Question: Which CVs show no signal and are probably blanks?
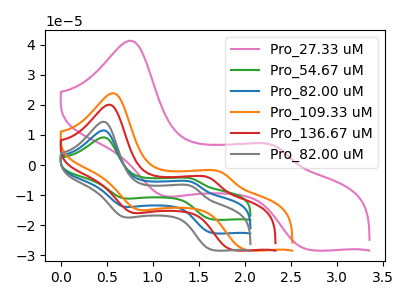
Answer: <think>The pink curve "Pro_27.33 uM" has anodic peaks at (0.75V, 41.35uA) (2.30V, 6.35uA) and cathodic peaks at (1.10V, -10.05uA) (2.70V, -28.10uA). The green curve "Pro_54.67 uM" has anodic peaks at (0.45V, 23.05uA) (1.45V, -11.35uA) and cathodic peaks at (0.70V, -27.45uA) (1.65V, -45.15uA). The blue curve "Pro_82.00 uM" has anodic peaks at (0.45V, 11.55uA) (1.45V, -5.70uA) and cathodic peaks at (0.70V, -13.75uA) (1.65V, -22.60uA). The orange curve "Pro_109.33 uM" has anodic peaks at (0.55V, 23.90uA) (1.75V, -2.35uA) and cathodic peaks at (0.85V, -14.65uA) (2.00V, -28.20uA). The red curve "Pro_136.67 uM" has anodic peaks at (0.55V, 20.10uA) (1.60V, -4.25uA) and cathodic peaks at (0.75V, -15.65uA) (1.85V, -28.20uA). The gray curve "Pro_82.00 uM" has anodic peaks at (0.45V, 14.40uA) (1.45V, -7.10uA) and cathodic peaks at (0.70V, -17.15uA) (1.65V, -28.25uA).</think>
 <answer>There are not any CV's on this graph that are likely to be blanks.</answer>
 <eval>none</eval>